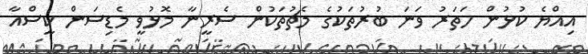
އިއްޔެ ކުޅުން ހަތަރު ވަނަ ބުރުތަކުގެ މެޗުތަކުން ސެރީނާ މޮޅުވީ މެޑިސަން ކީސްއާ